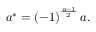
a ^ { * } = \left( - 1 \right) ^ { \frac { a - 1 } { 2 } } a .